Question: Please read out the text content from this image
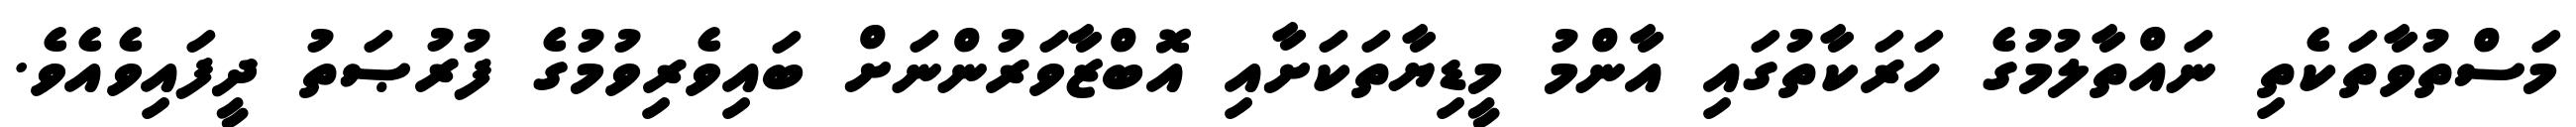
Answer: މަސްތުވާތަކެތި ނައްތާލުމުގެ ހަރަކާތުގައި އާންމު މީޑިޔާތަކަށާއި އޮބްޒާވަރުންނަށް ބައިވެރިވުމުގެ ފުރުޞަތު ދީފައިވެއެވެ.